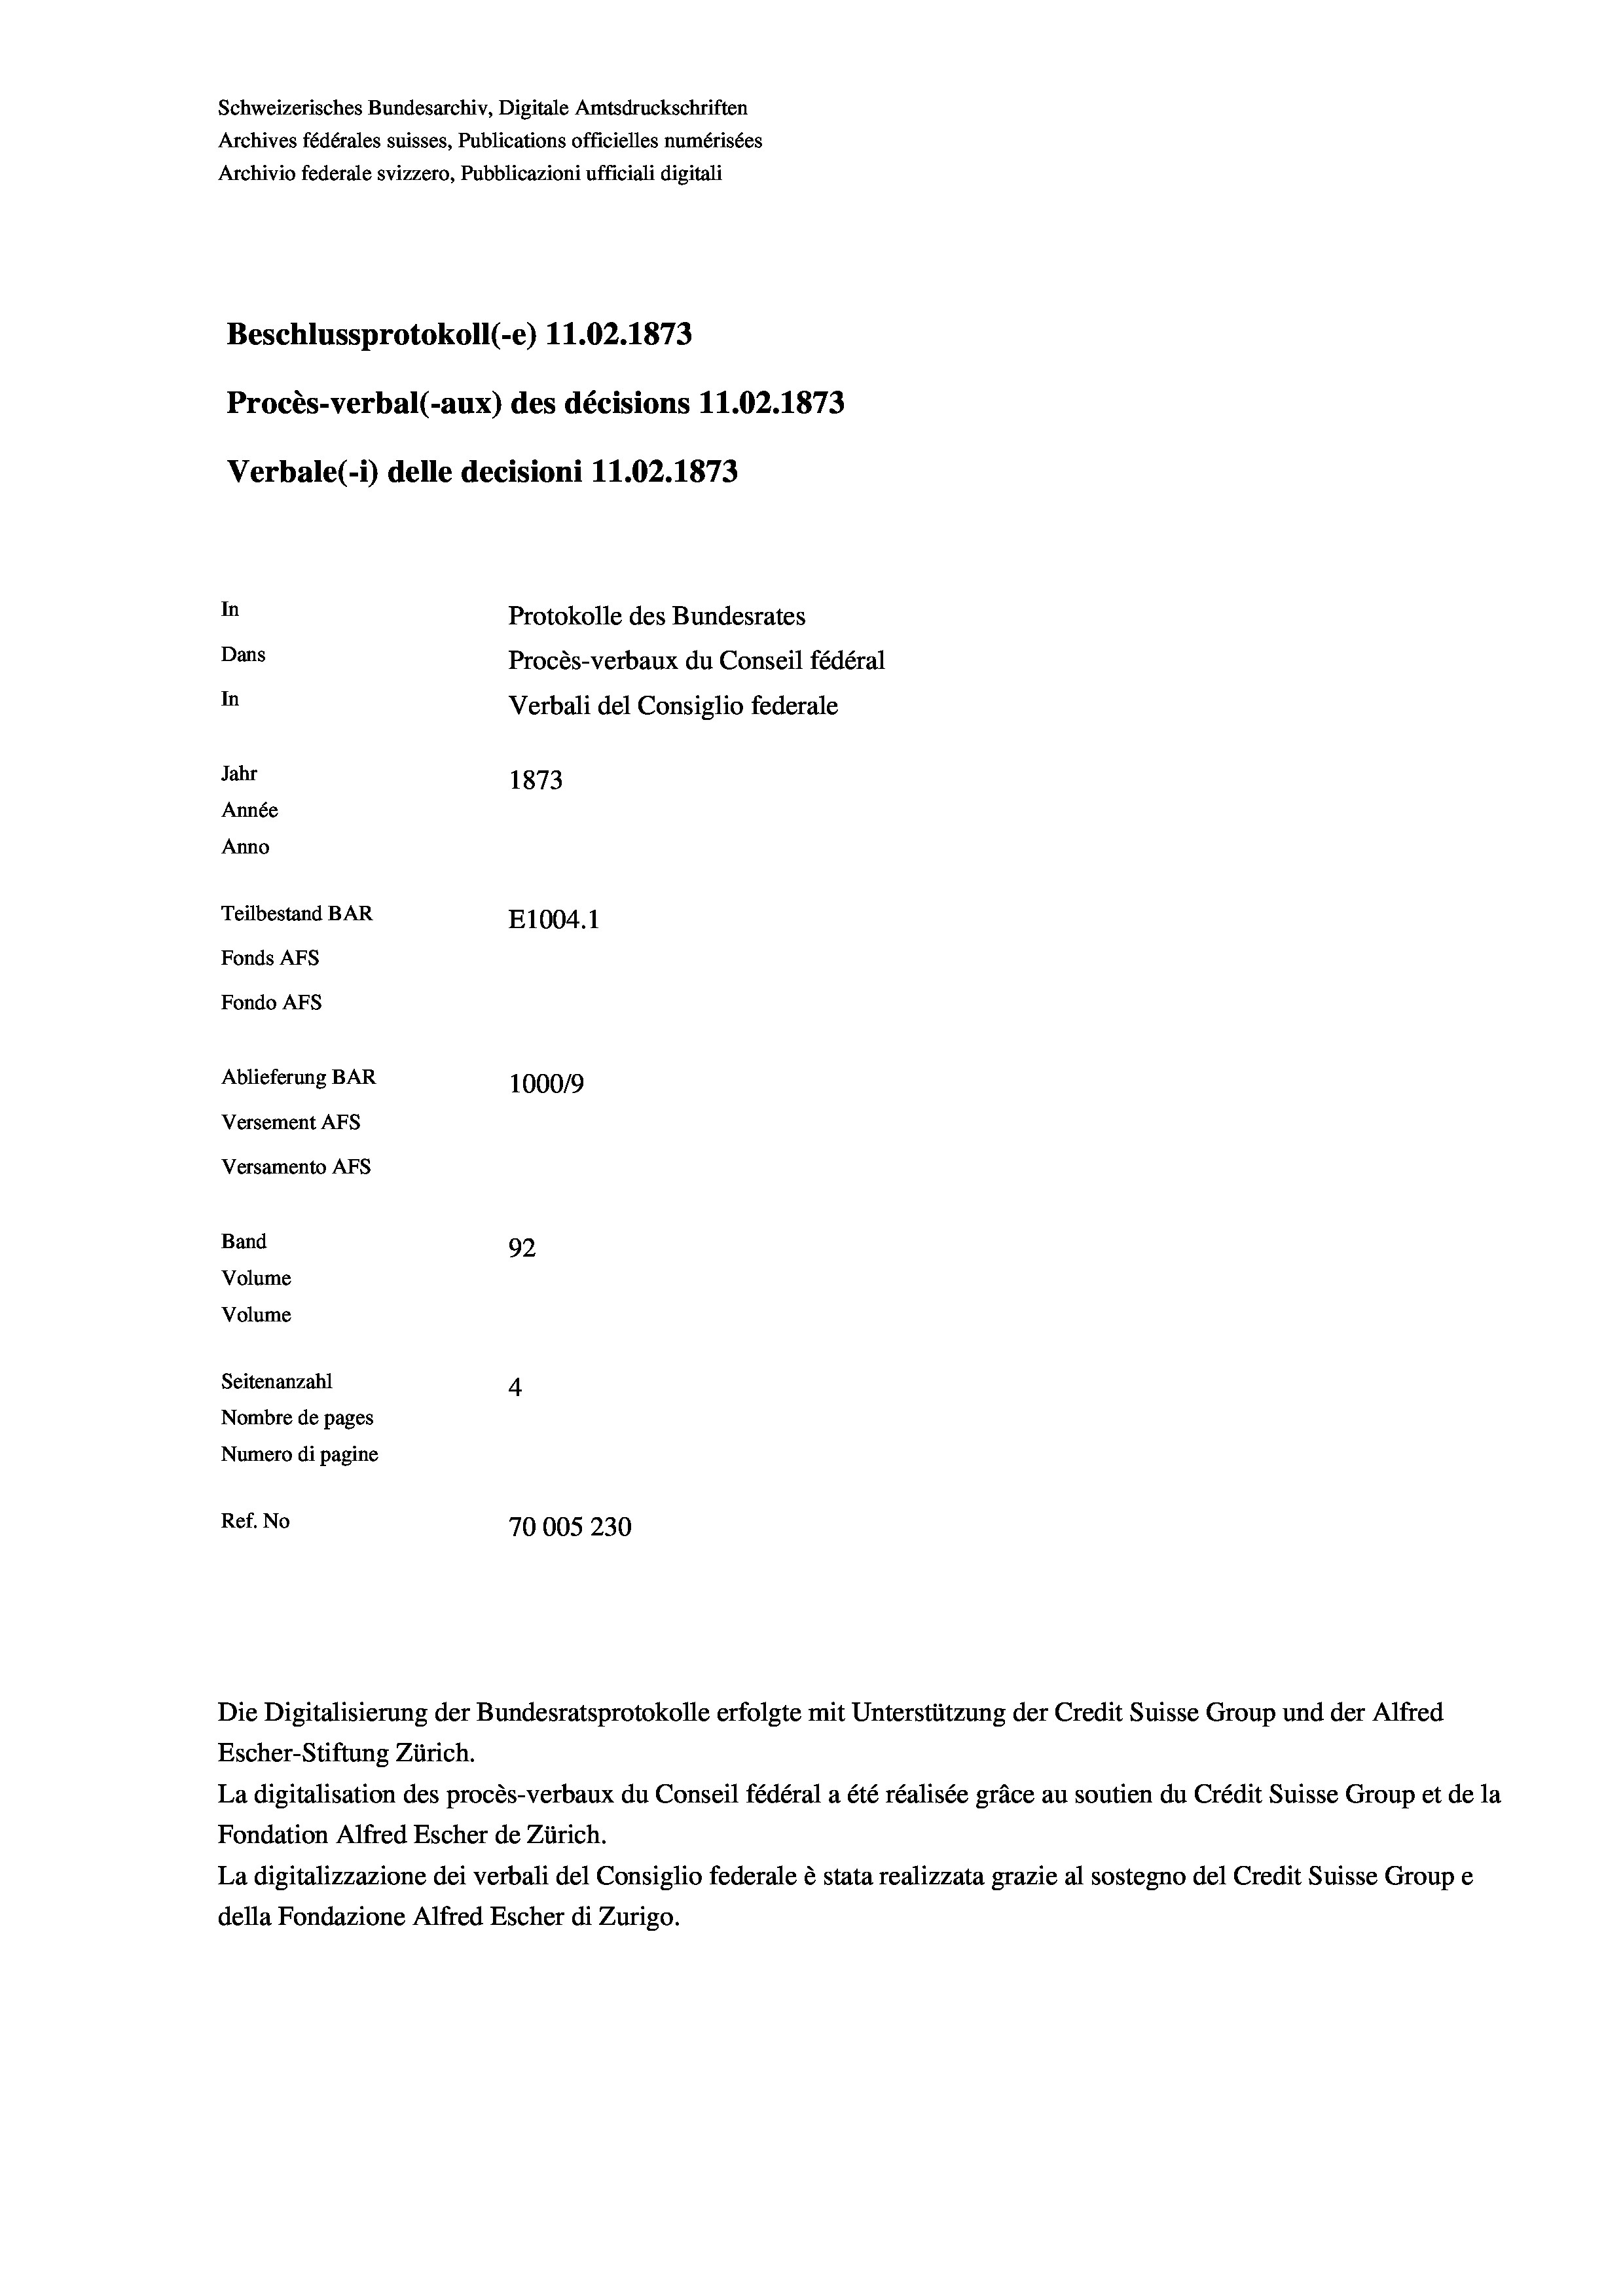
Schweizerisches Bundesarchiv, Digitale Amtsdruckschriften
Archives fédérales suisses, Publications officielles numérisées
Archivio federale svizzero, Pubblicazioni ufficiali digitali
Beschlussprotokoll (-e) 11.02. 1873
Procès-verbal (-aux) des décisions 11.02. 1873
Verbale (- 1) delle decisioni 11.02. 1873

Anno

Versamento Afs
Band

In
Protokolle des Bundesrates
Dans
In
Jahr
1873
Année
Teilbestand BAR
E1004. 1
Fonds AFs
Fondo AFs
Ablieferung BAR
100019
Versement AFS

92
Seitenanzahl
4
Nombre de pages
Numero di pagine
Ref. No
70005 230

Volume
Volume

Procès-verbaux du Conseil fédéral
Verbali del Consiglio federale

Escher-Stiftung Zürich.
La digitalisation des procès-verbaux du Conseil fédéral a été réalisée gräce au soutien du Crédit Suisse Group et de la
Fondation Alfred Escher de Zürich.
La digitalizzazione dei verbali del Consiglio federale è stata realizzata grazie al sostegno del Credit Suisse Groupe
della Fondazione Alfred Escher di Zurigo.

Die Digitalisierung der Bundesratsprotokolle erfolgte mit Unterstützung der Credit Suisse Group und der Alfred